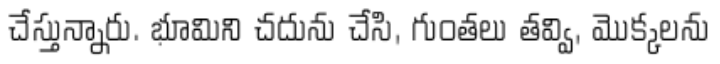
చేస్తున్నారు. భూమిని చదును చేసి, గుంతలు తవ్వి, మొక్కలను